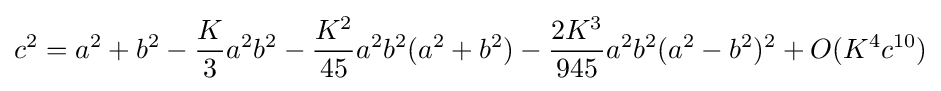
c^{2}=a^{2}+b^{2}-{\frac {K}{3}}a^{2}b^{2}-{\frac {K^{2}}{45}}a^{2}b^{2}(a^{2}+b^{2})-{\frac {2K^{3}}{945}}a^{2}b^{2}(a^{2}-b^{2})^{2}+O(K^{4}c^{10})